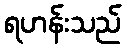
ရဟန်းသည်